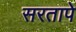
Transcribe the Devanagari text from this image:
सरतापे